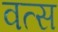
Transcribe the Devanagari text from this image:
वत्‍स